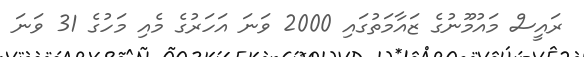
ރައީސް މައުމޫނުގެ ޒައާމަތުގައި 2000 ވަނަ އަހަރުގެ މެއި މަހުގެ 31 ވަނަ